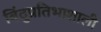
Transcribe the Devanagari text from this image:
बिंदुप्रतिभाशाली